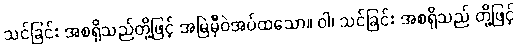
သင်ခြင်း အစရှိသည်တို့ဖြင့် အမြဲမှီဝဲအပ်ထသော။ ဝါ၊ သင်ခြင်း အစရှိသည် တို့ဖြင့်